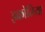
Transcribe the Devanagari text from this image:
इक्रोतिया